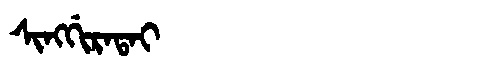
Manchu: ᠰᡳᠩᡤᡳᡵᠠᡨᠠᡳ
Romanization: SINGGIRATAI